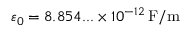
\varepsilon _ { 0 } = 8 . 8 5 4 . . . \times 1 0 ^ { - 1 2 } \, { \mathrm { F / m } }